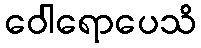
ဝေါရောပေသိ